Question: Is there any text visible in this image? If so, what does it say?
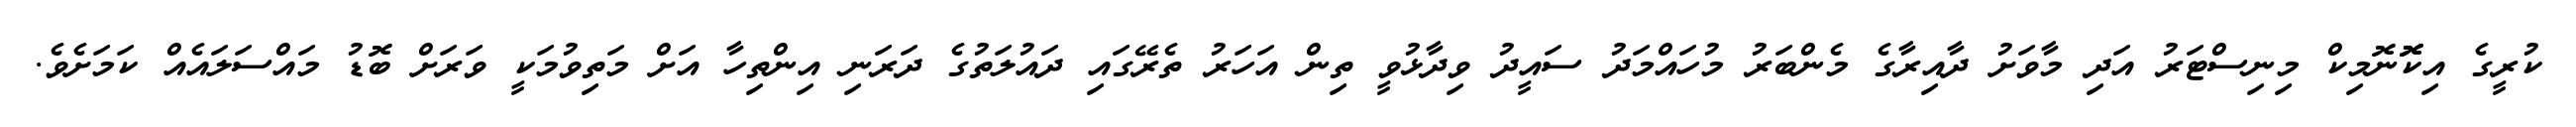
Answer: ކުރީގެ އިކޮޮނޮމިކް މިނިސްޓަރު އަދި މާވަށު ދާއިރާގެ މެންބަރު މުހައްމަދު ސައީދު ވިދާޅުވީ ތިން އަހަރު ތެރޭގައި ދައުލަތުގެ ދަރަނި އިންތިހާ އަށް މަތިވުމަކީ ވަރަށް ބޮޑު މައްސަލައެއް ކަމަށެވެ.